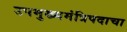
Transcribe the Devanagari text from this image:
उपमुख्यमंत्रिपदाचा